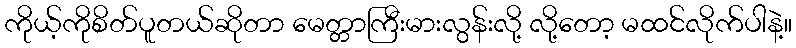
ကိုယ့်ကိုစိတ်ပူတယ်ဆိုတာ မေတ္တာကြီးမားလွန်းလို့ လို့တော့ မထင်လိုက်ပါနဲ့။